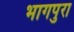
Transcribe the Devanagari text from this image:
भागपुरा